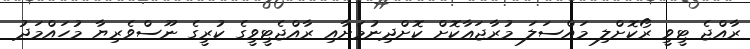
ރާއްޖެ ޓީވީ ރޯކޮށްލި މައްސަލަ މުރާޖަޢާކޮށް ކޮށްދިނުމަށާއި ރާއްޖެޓީވީގެ ކުރީގެ ނޫސްވެރިޔާ މުހައްމަދު